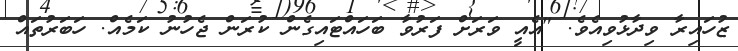
ޒުހައިރާ ވިދާޅުވިއެވެ. "އެއީ ވަރަށް ފަރުވާ ބަހައްޓައިގެން ކުރަން ޖެހުނު ކަމެއް. ހަބަރުތައް